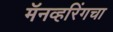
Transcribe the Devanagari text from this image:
मॅनव्हरिंगचा